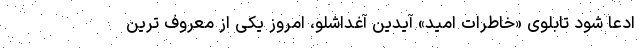
ادعا شود تابلوی «خاطرات امید» آیدین آغداشلو، امروز یکی از معروف ترین